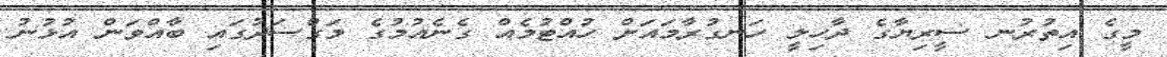
މީގެ އިތުރުނ ސީރިޔާގެ ދާހިލީ ހަނގުރާމައަށް ހުއްޓުމެއް ގެނެއުމުގެ މަގްސަދުގައި ބާއްވަން އުޅުނު